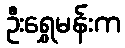
ဦးရွှေမန်းက